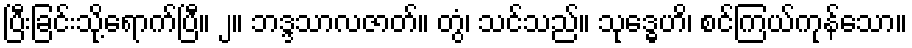
ပြီးခြင်းသို့ရောက်ပြီ။ ၂။ ဘဒ္ဒသာလဇာတ်။ တွံ၊ သင်သည်။ သုဒ္ဓေဟိ၊ စင်ကြယ်ကုန်သော။